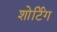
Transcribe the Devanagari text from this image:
शोर्टिंग